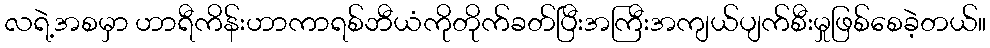
လရဲ့အစမှာ ဟာရီကိန်းဟာကာရစ်ဘီယံကိုတိုက်ခတ်ပြီးအကြီးအကျယ်ပျက်စီးမှုဖြစ်စေခဲ့တယ်။